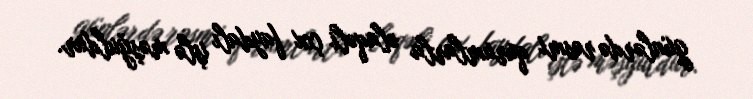
günlərdə rəsmi qurumlarla əlaqəli çox faydalı işlə məşğuldur.